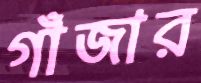
গাঁজার